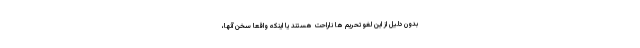
بدون دلیل از این لغو تحریم ها ناراحت هستند یا اینکه واقعا سخن آنها،